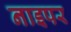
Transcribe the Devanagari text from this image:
नाइपर